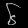
Digit: ၆